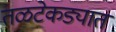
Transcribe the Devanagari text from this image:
तळटेकड्यात